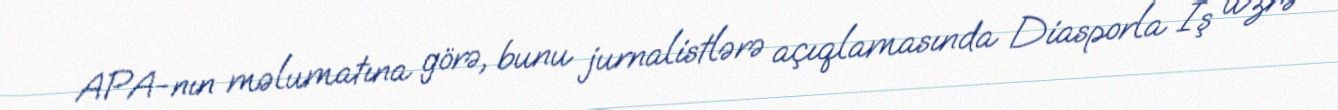
APA-nın məlumatına görə, bunu jurnalistlərə açıqlamasında Diasporla İş üzrə